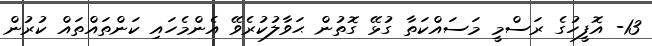
13- އޮފީހުގެ ރަސްމީ މަސައްކަތާ ގުޅޭ ގޮތުން ޙަވާލުކުރެވޭ އެންމެހައި ކަންތައްތައް ކުރުން